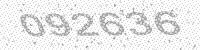
Solution: 092636